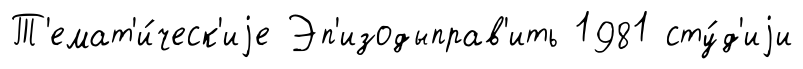
Т'емат'и́ческ'иjе Эп'изодыправ'ить 1981 сту́д'иjи